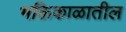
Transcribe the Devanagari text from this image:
भक्तिकाळातील